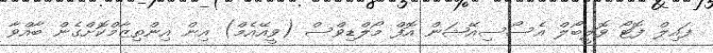
ފައިލް ފޮޓޯ ވޮލީބޯލް އެސޯސިއޭޝަން އޮފް މޯލްޑިވްސް (ވީއޭއެމް) އިން އިންތިޒާމްކޮށްގެން ބާއްވާ